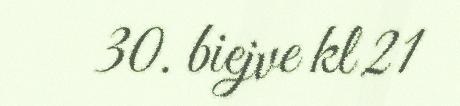
30. biejve kl 21